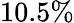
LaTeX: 10.5\%